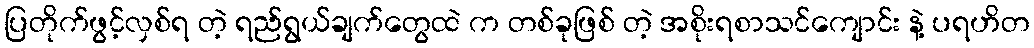
ပြတိုက်ဖွင့်လှစ်ရ တဲ့ ရည်ရွယ်ချက်တွေထဲ က တစ်ခုဖြစ် တဲ့ အစိုးရစာသင်ကျောင်း နဲ့ ပရဟိတ